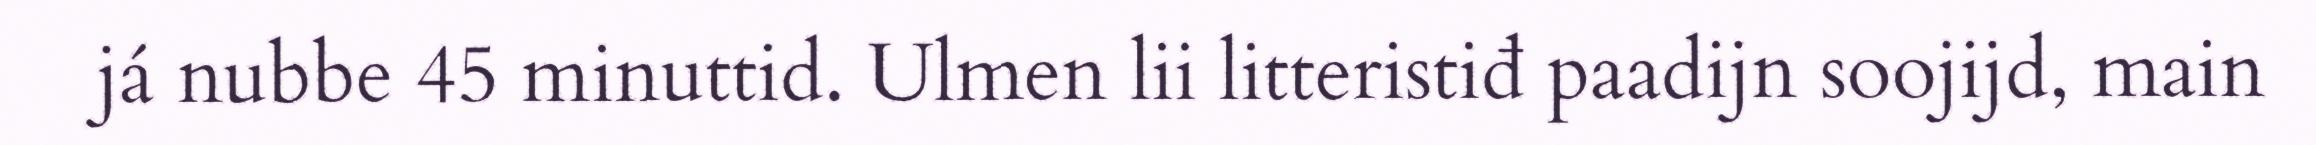
já nubbe 45 minuttid. Ulmen lii litteristiđ paadijn soojijd, main